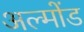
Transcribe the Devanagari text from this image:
अल्मोंड